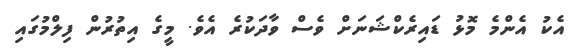
އެކު އެންމެ މޮޅު ޑައިރެކްޝަނަށް ވެސް ވާދަކުރެ އެވެ. މީގެ އިތުރުން ފިލްމުގައި